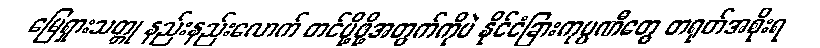
မြေရှားသတ္တု နည်းနည်းလောက် တင်ပို့ဖို့အတွက်ကိုပဲ နိုင်ငံခြားကုမ္ပဏီတွေ တရုတ်အစိုးရ